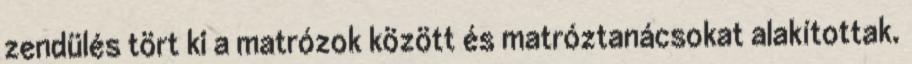
zendülés tört ki a matrózok között és matróztanácsokat alakítottak.